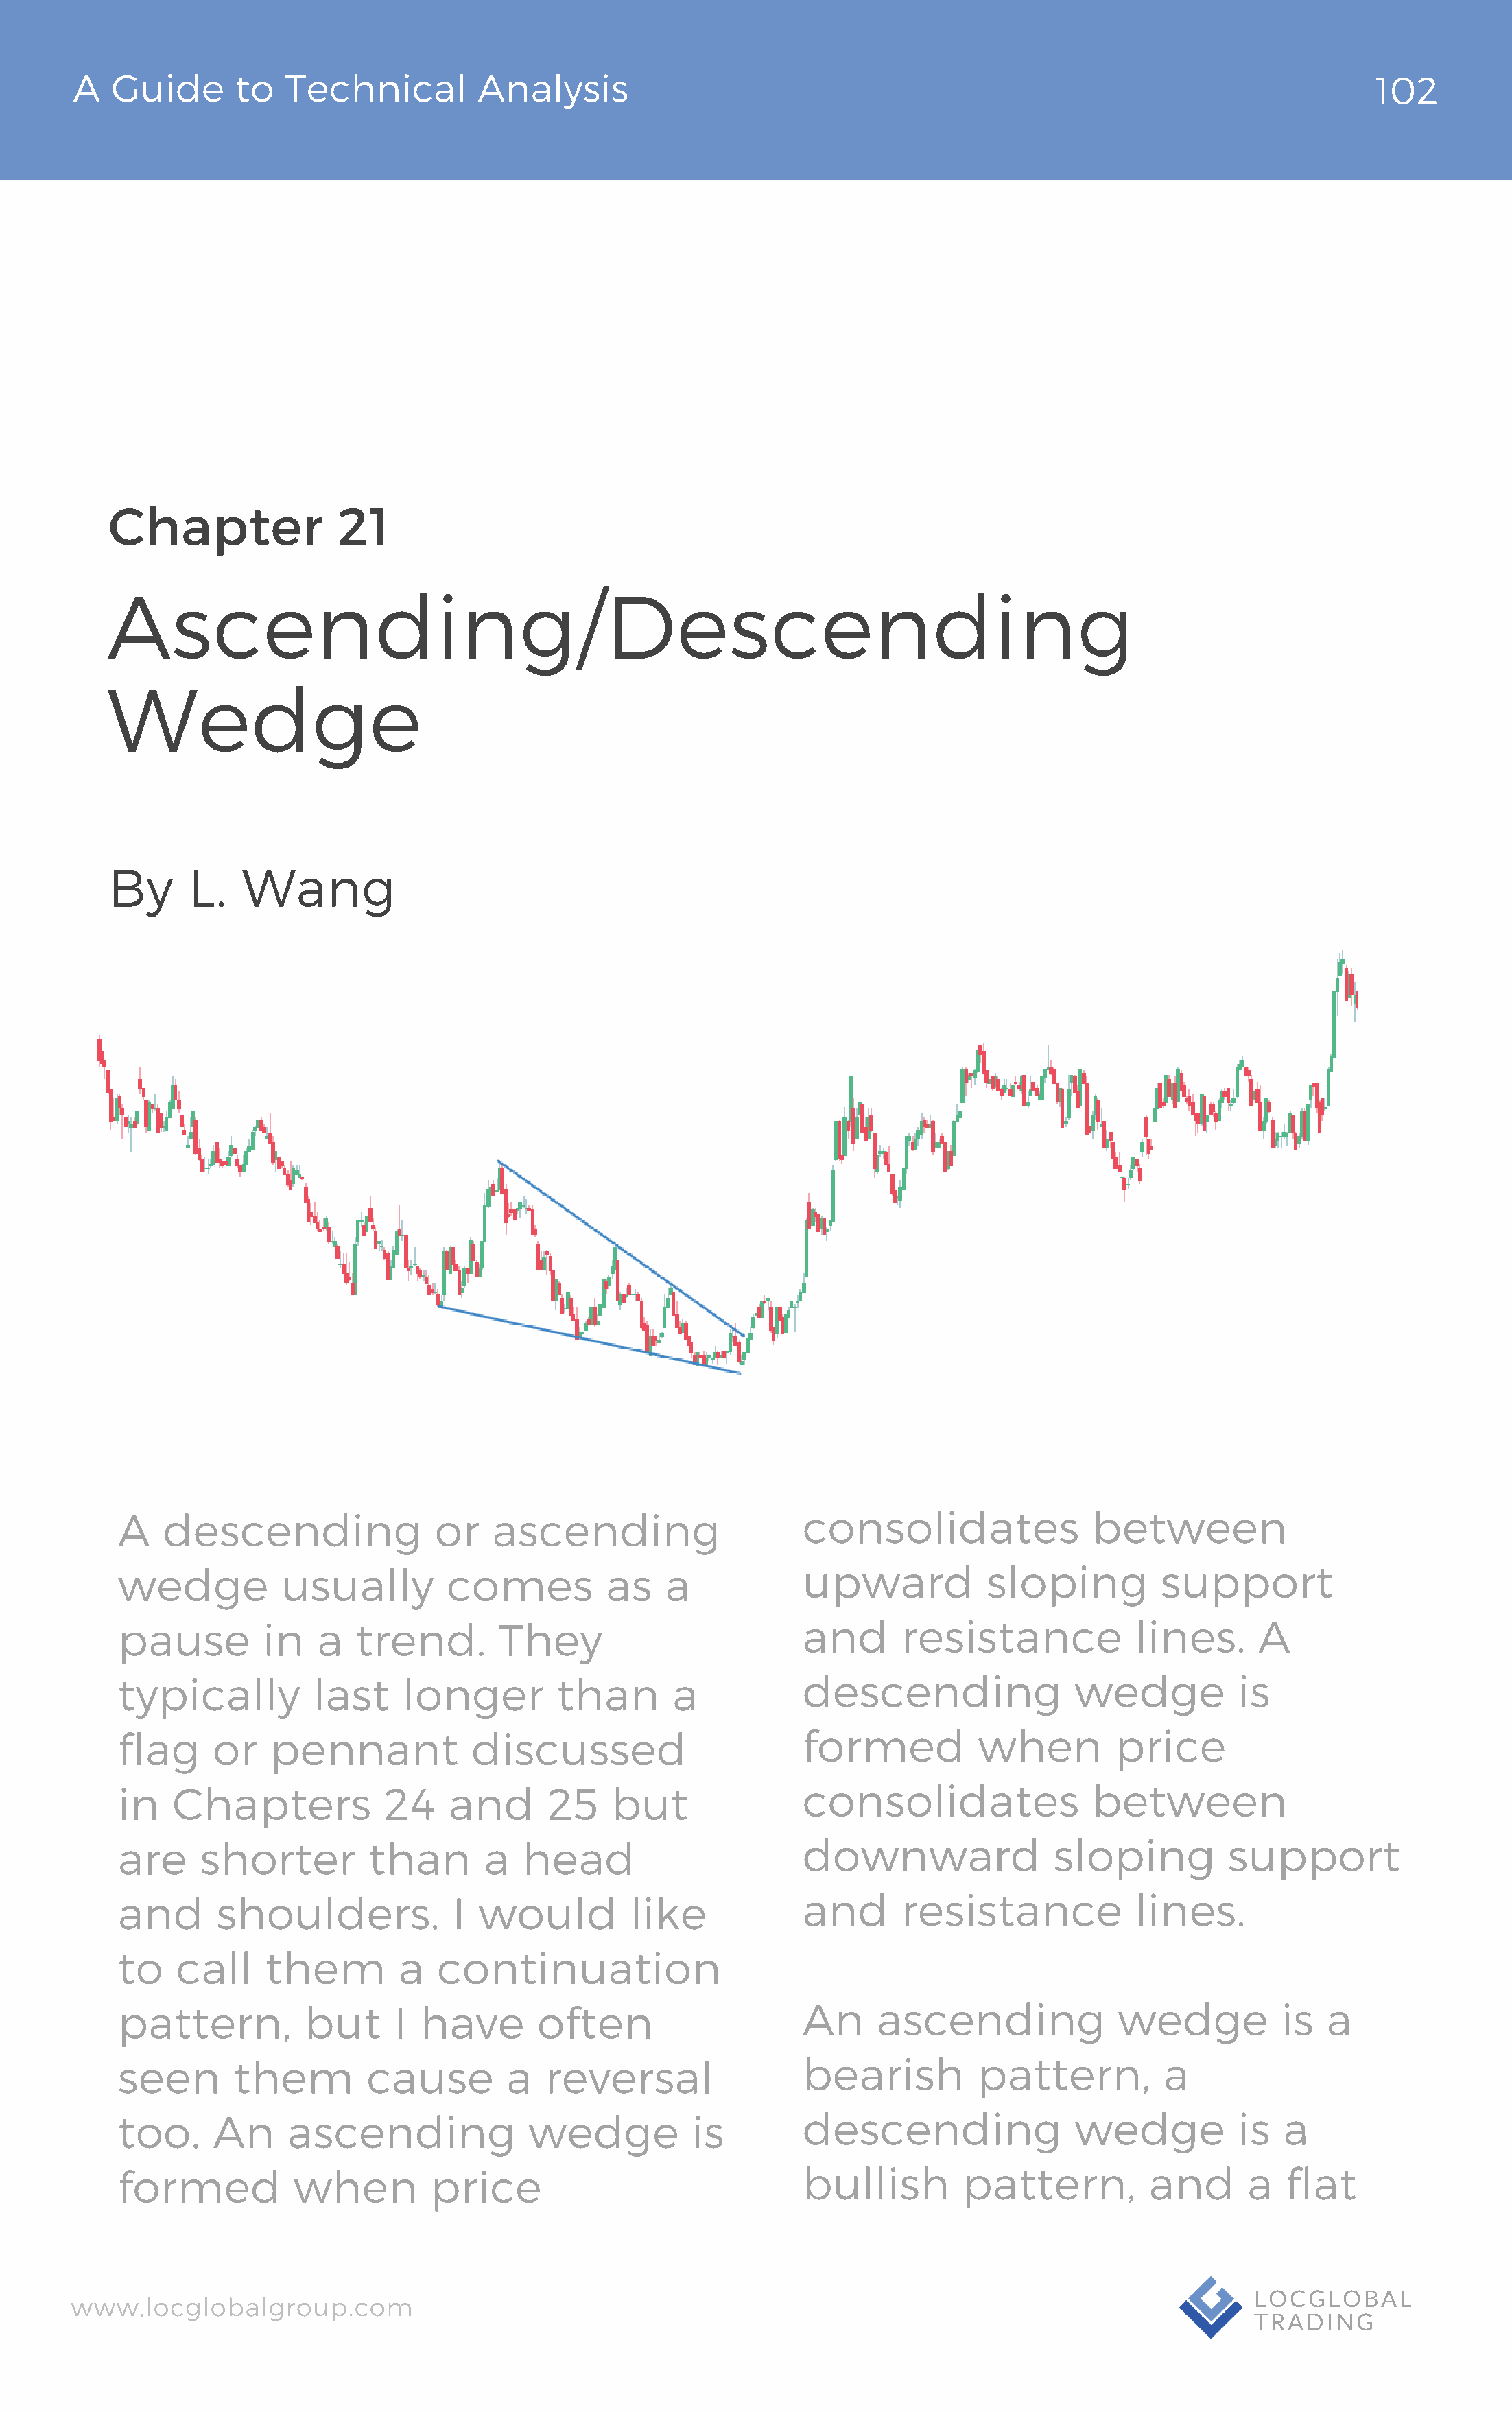
A   Guide       to  Technical          Analysis                                                                               102
 Chapter                21
 Ascending/Descending
 Wedge
 By      L.   Wang
 A    descending                or   ascending                     consolidates                between
 wedge           usually         comes          as    a            upward            sloping          support
 pause         in    a  trend.        They                         and       resistance             lines.     A
 typically          last     longer         than       a           descending                 wedge          is
 flag      or   pennant            discussed                       formed           when          price
 in    Chapters            24    and       25    but               consolidates                between
 are     shorter          than       a  head                       downward                 sloping         support
 and       shoulders.             I would          like            and       resistance             lines.
 to    call     them        a   continuation
 pattern,          but      I  have       often                    An      ascending              wedge           is  a
 seen        them        cause         a   reversal                bearish          pattern,          a
 too.      An     ascending              wedge           is        descending                 wedge          is   a
 formed           when          price                              bullish         pattern,          and      a   flat
 www.locglobalgroup.com                                                                                            LOCGLOBAL
 TRADING